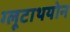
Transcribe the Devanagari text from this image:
ग्लूटाथयोन